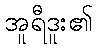
အူရီဒူး၏